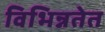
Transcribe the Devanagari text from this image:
विभिन्नतेत